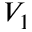
V _ { 1 }